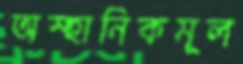
অস্হানিকমূল